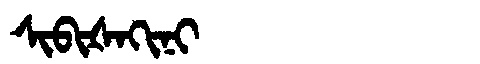
Manchu: ᠰᡳᠪᡳᡧᠠᡴᡳᠨᡳ
Romanization: SIBIŠAKINI